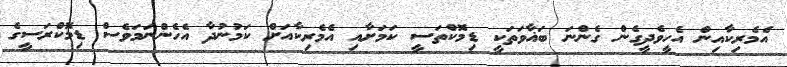
އެމެރިކާއިން އެހީވެދީގެން ގެންނަ ބަޣާވަތަކީ ޑިމޮކްތަސީ ކަމަށާއި އެމެރިކާއަށް ކަމުނުދާ އެހެންނަމަވެސް ޑިމޮކްރަސީގެ